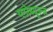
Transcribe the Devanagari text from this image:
ग्लोब्यूल्ज़